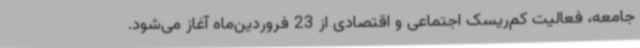
جامعه، فعالیت کم‌ریسک اجتماعی و اقتصادی از 23 فروردین‌ماه آغاز می‌شود.